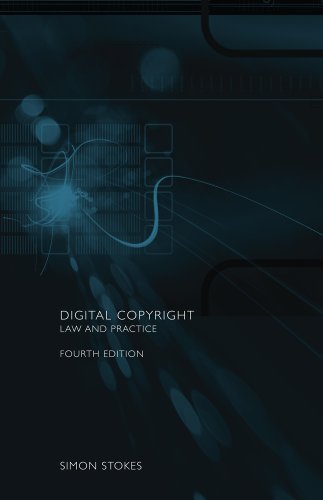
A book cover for Digital Copyright: Law and Practice (Fourth Edition); Simon Stokes; Law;